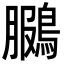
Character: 鵩